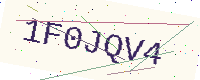
Text: 1F0JQV4